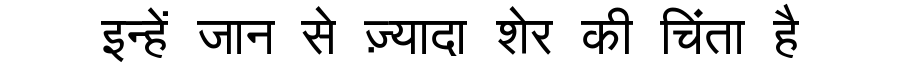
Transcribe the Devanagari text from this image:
इन्हें जान से ज़्यादा शेर की चिंता है